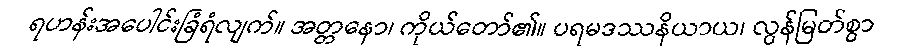
ရဟန်းအပေါင်းခြံရံလျက်။ အတ္တနော၊ ကိုယ်တော်၏။ ပရမဒဿနိယာယ၊ လွန်မြတ်စွာ